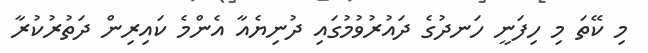
މި ކޭތަ މި ހިފަނީ ހަނދުގެ ދައުރުވުމުގައި ދުނިޔެއާ އެންމެ ކައިރިން ދަތުރުކުރާ